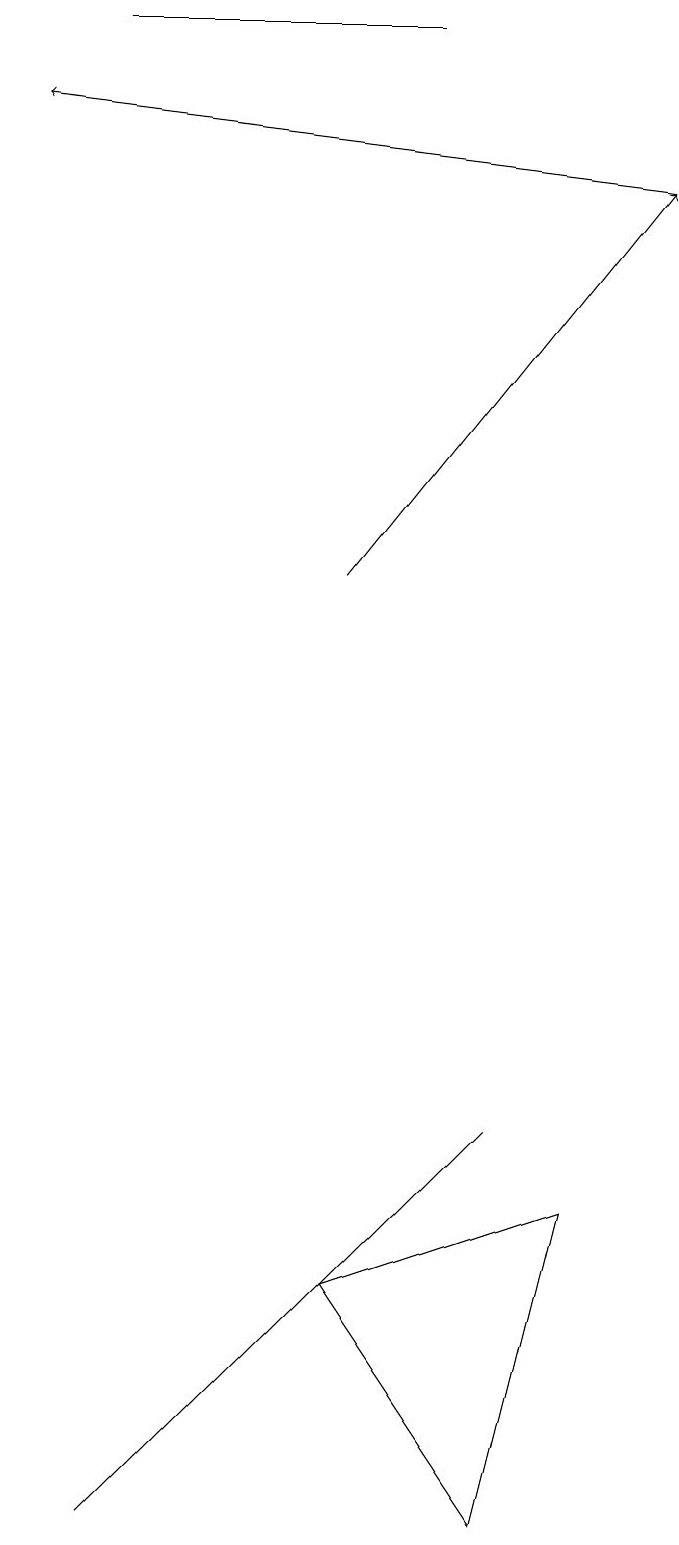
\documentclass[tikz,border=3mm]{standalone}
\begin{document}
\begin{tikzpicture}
\draw[->] (5,12) -- (9,17);
\draw (3,1) -- (2,0) -- (7,5) -- cycle;
\draw[->] (9,17) -- (1,18);
\draw (6,19) rectangle (2,19);
\draw (5,3) -- (7,0) -- (8,4) -- cycle;
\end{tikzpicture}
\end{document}